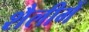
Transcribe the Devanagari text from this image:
शैलीमें